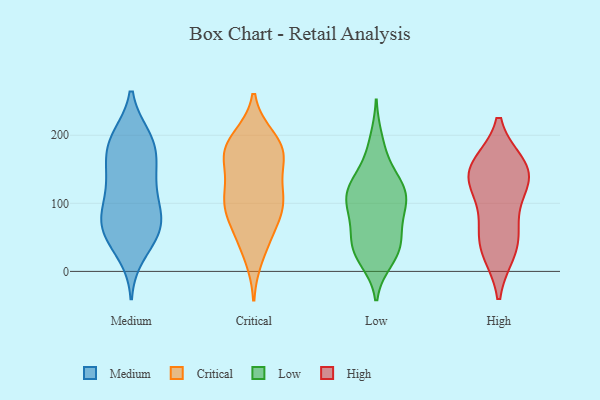
{"axis": {"x": "Revenue (USD Million)", "y": "Value"}, "legend": ["Critical", "High", "Low", "Medium"], "data": [{"x": "", "y": 71, "type": "Medium"}, {"x": "", "y": 72, "type": "Medium"}, {"x": "", "y": 197, "type": "Medium"}, {"x": "", "y": 55, "type": "Medium"}, {"x": "", "y": 177, "type": "Medium"}, {"x": "", "y": 131, "type": "Medium"}, {"x": "", "y": 84, "type": "Medium"}, {"x": "", "y": 51, "type": "Medium"}, {"x": "", "y": 111, "type": "Medium"}, {"x": "", "y": 47, "type": "Medium"}, {"x": "", "y": 87, "type": "Medium"}, {"x": "", "y": 136, "type": "Medium"}, {"x": "", "y": 26, "type": "Medium"}, {"x": "", "y": 162, "type": "Medium"}, {"x": "", "y": 197, "type": "Medium"}, {"x": "", "y": 81, "type": "Medium"}, {"x": "", "y": 142, "type": "Medium"}, {"x": "", "y": 196, "type": "Medium"}, {"x": "", "y": 180, "type": "Medium"}, {"x": "", "y": 170, "type": "Critical"}, {"x": "", "y": 186, "type": "Critical"}, {"x": "", "y": 96, "type": "Critical"}, {"x": "", "y": 105, "type": "Critical"}, {"x": "", "y": 164, "type": "Critical"}, {"x": "", "y": 163, "type": "Critical"}, {"x": "", "y": 195, "type": "Critical"}, {"x": "", "y": 185, "type": "Critical"}, {"x": "", "y": 60, "type": "Critical"}, {"x": "", "y": 112, "type": "Critical"}, {"x": "", "y": 109, "type": "Critical"}, {"x": "", "y": 175, "type": "Critical"}, {"x": "", "y": 23, "type": "Critical"}, {"x": "", "y": 84, "type": "Critical"}, {"x": "", "y": 107, "type": "Critical"}, {"x": "", "y": 50, "type": "Critical"}, {"x": "", "y": 108, "type": "Low"}, {"x": "", "y": 80, "type": "Low"}, {"x": "", "y": 28, "type": "Low"}, {"x": "", "y": 128, "type": "Low"}, {"x": "", "y": 46, "type": "Low"}, {"x": "", "y": 97, "type": "Low"}, {"x": "", "y": 84, "type": "Low"}, {"x": "", "y": 17, "type": "Low"}, {"x": "", "y": 193, "type": "Low"}, {"x": "", "y": 120, "type": "Low"}, {"x": "", "y": 137, "type": "Low"}, {"x": "", "y": 123, "type": "Low"}, {"x": "", "y": 169, "type": "Low"}, {"x": "", "y": 42, "type": "Low"}, {"x": "", "y": 58, "type": "Low"}, {"x": "", "y": 30, "type": "Low"}, {"x": "", "y": 111, "type": "Low"}, {"x": "", "y": 107, "type": "Low"}, {"x": "", "y": 26, "type": "Low"}, {"x": "", "y": 155, "type": "High"}, {"x": "", "y": 72, "type": "High"}, {"x": "", "y": 30, "type": "High"}, {"x": "", "y": 139, "type": "High"}, {"x": "", "y": 156, "type": "High"}, {"x": "", "y": 153, "type": "High"}, {"x": "", "y": 125, "type": "High"}, {"x": "", "y": 55, "type": "High"}, {"x": "", "y": 29, "type": "High"}, {"x": "", "y": 124, "type": "High"}]}